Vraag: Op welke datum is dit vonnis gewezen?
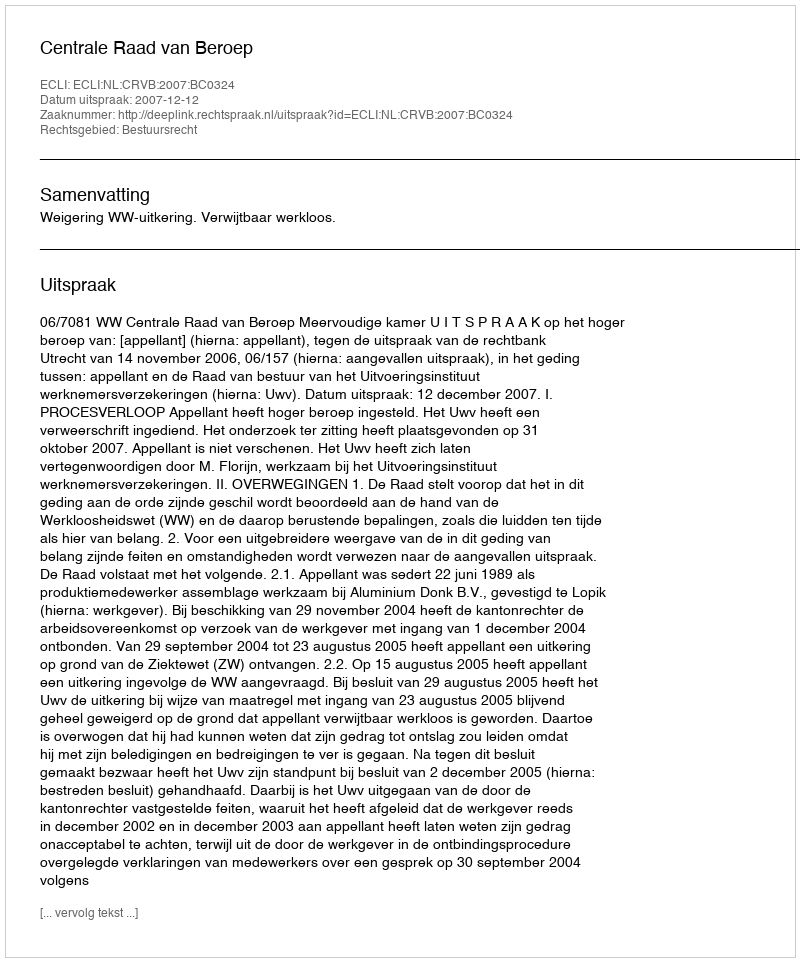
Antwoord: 2007-12-12